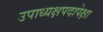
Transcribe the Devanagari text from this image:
उपाध्यक्षपदापेक्षा